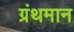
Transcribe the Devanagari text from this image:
ग्रंथमान